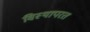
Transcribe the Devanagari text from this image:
विस्थापरत